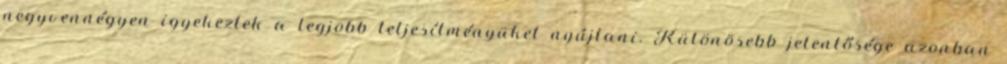
negyvennégyen igyekeztek a legjobb teljesítményüket nyújtani. Különösebb jelentősége azonban